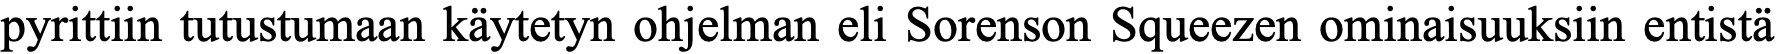
pyrittiin tutustumaan käytetyn ohjelman eli Sorenson Squeezen ominaisuuksiin entistä